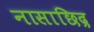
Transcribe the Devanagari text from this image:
नासाछिद्र